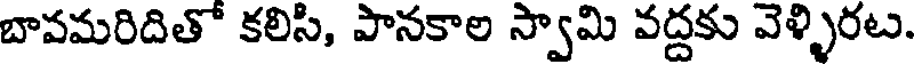
బావమరిదితో కలిసి, పానకాల స్వామి వద్దకు వెళ్ళిరట.